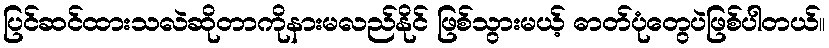
ပြင်ဆင်ထားသလဲဆိုတာကိုနားမလည်နိုင် ဖြစ်သွားမယ့် ဓာတ်ပုံတွေပဲဖြစ်ပါတယ်။